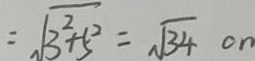
= \sqrt { 3 ^ { 2 } + 5 ^ { 2 } } = \sqrt { 3 4 } c m